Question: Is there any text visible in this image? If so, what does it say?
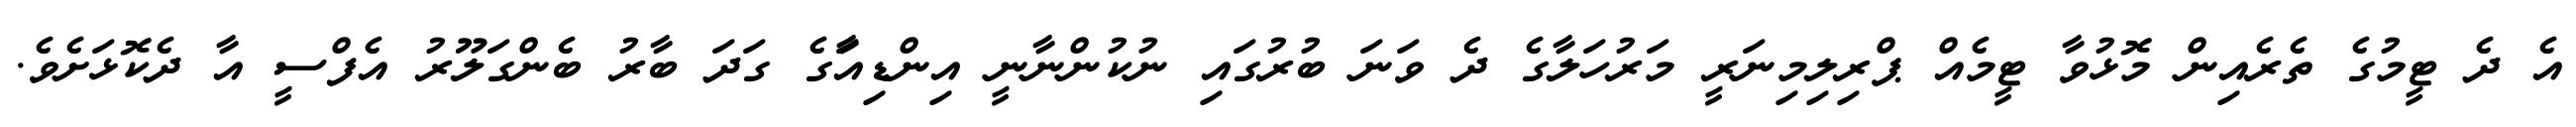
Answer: އެ ދެ ޓީމުގެ ތެރެއިން މޮޅުވާ ޓީމެއް ޕްރިލިމިނަރީ މަރުހަލާގެ ދެ ވަނަ ބުރުގައި ނުކުންނާނީ އިންޑިއާަގެ ގަދަ ބާރު ބެންގަލޫރު އެފްސީ އާ ދެކޮޅަށެވެ.